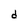
Character: d